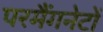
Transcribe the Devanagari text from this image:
परमैंगनेटों